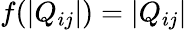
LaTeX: f(|Q_{ij}|)=|Q_{ij}|